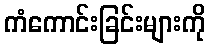
ကံကောင်းခြင်းများကို